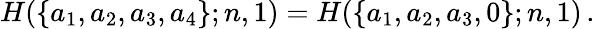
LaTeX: H(\{ a_{1},a_{2},a_{3},a_{4}\} ;n,1)=H(\{ a_{1},a_{2},a_{3},0\} ;n,1)\, .